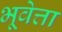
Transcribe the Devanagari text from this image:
भूवेत्ता